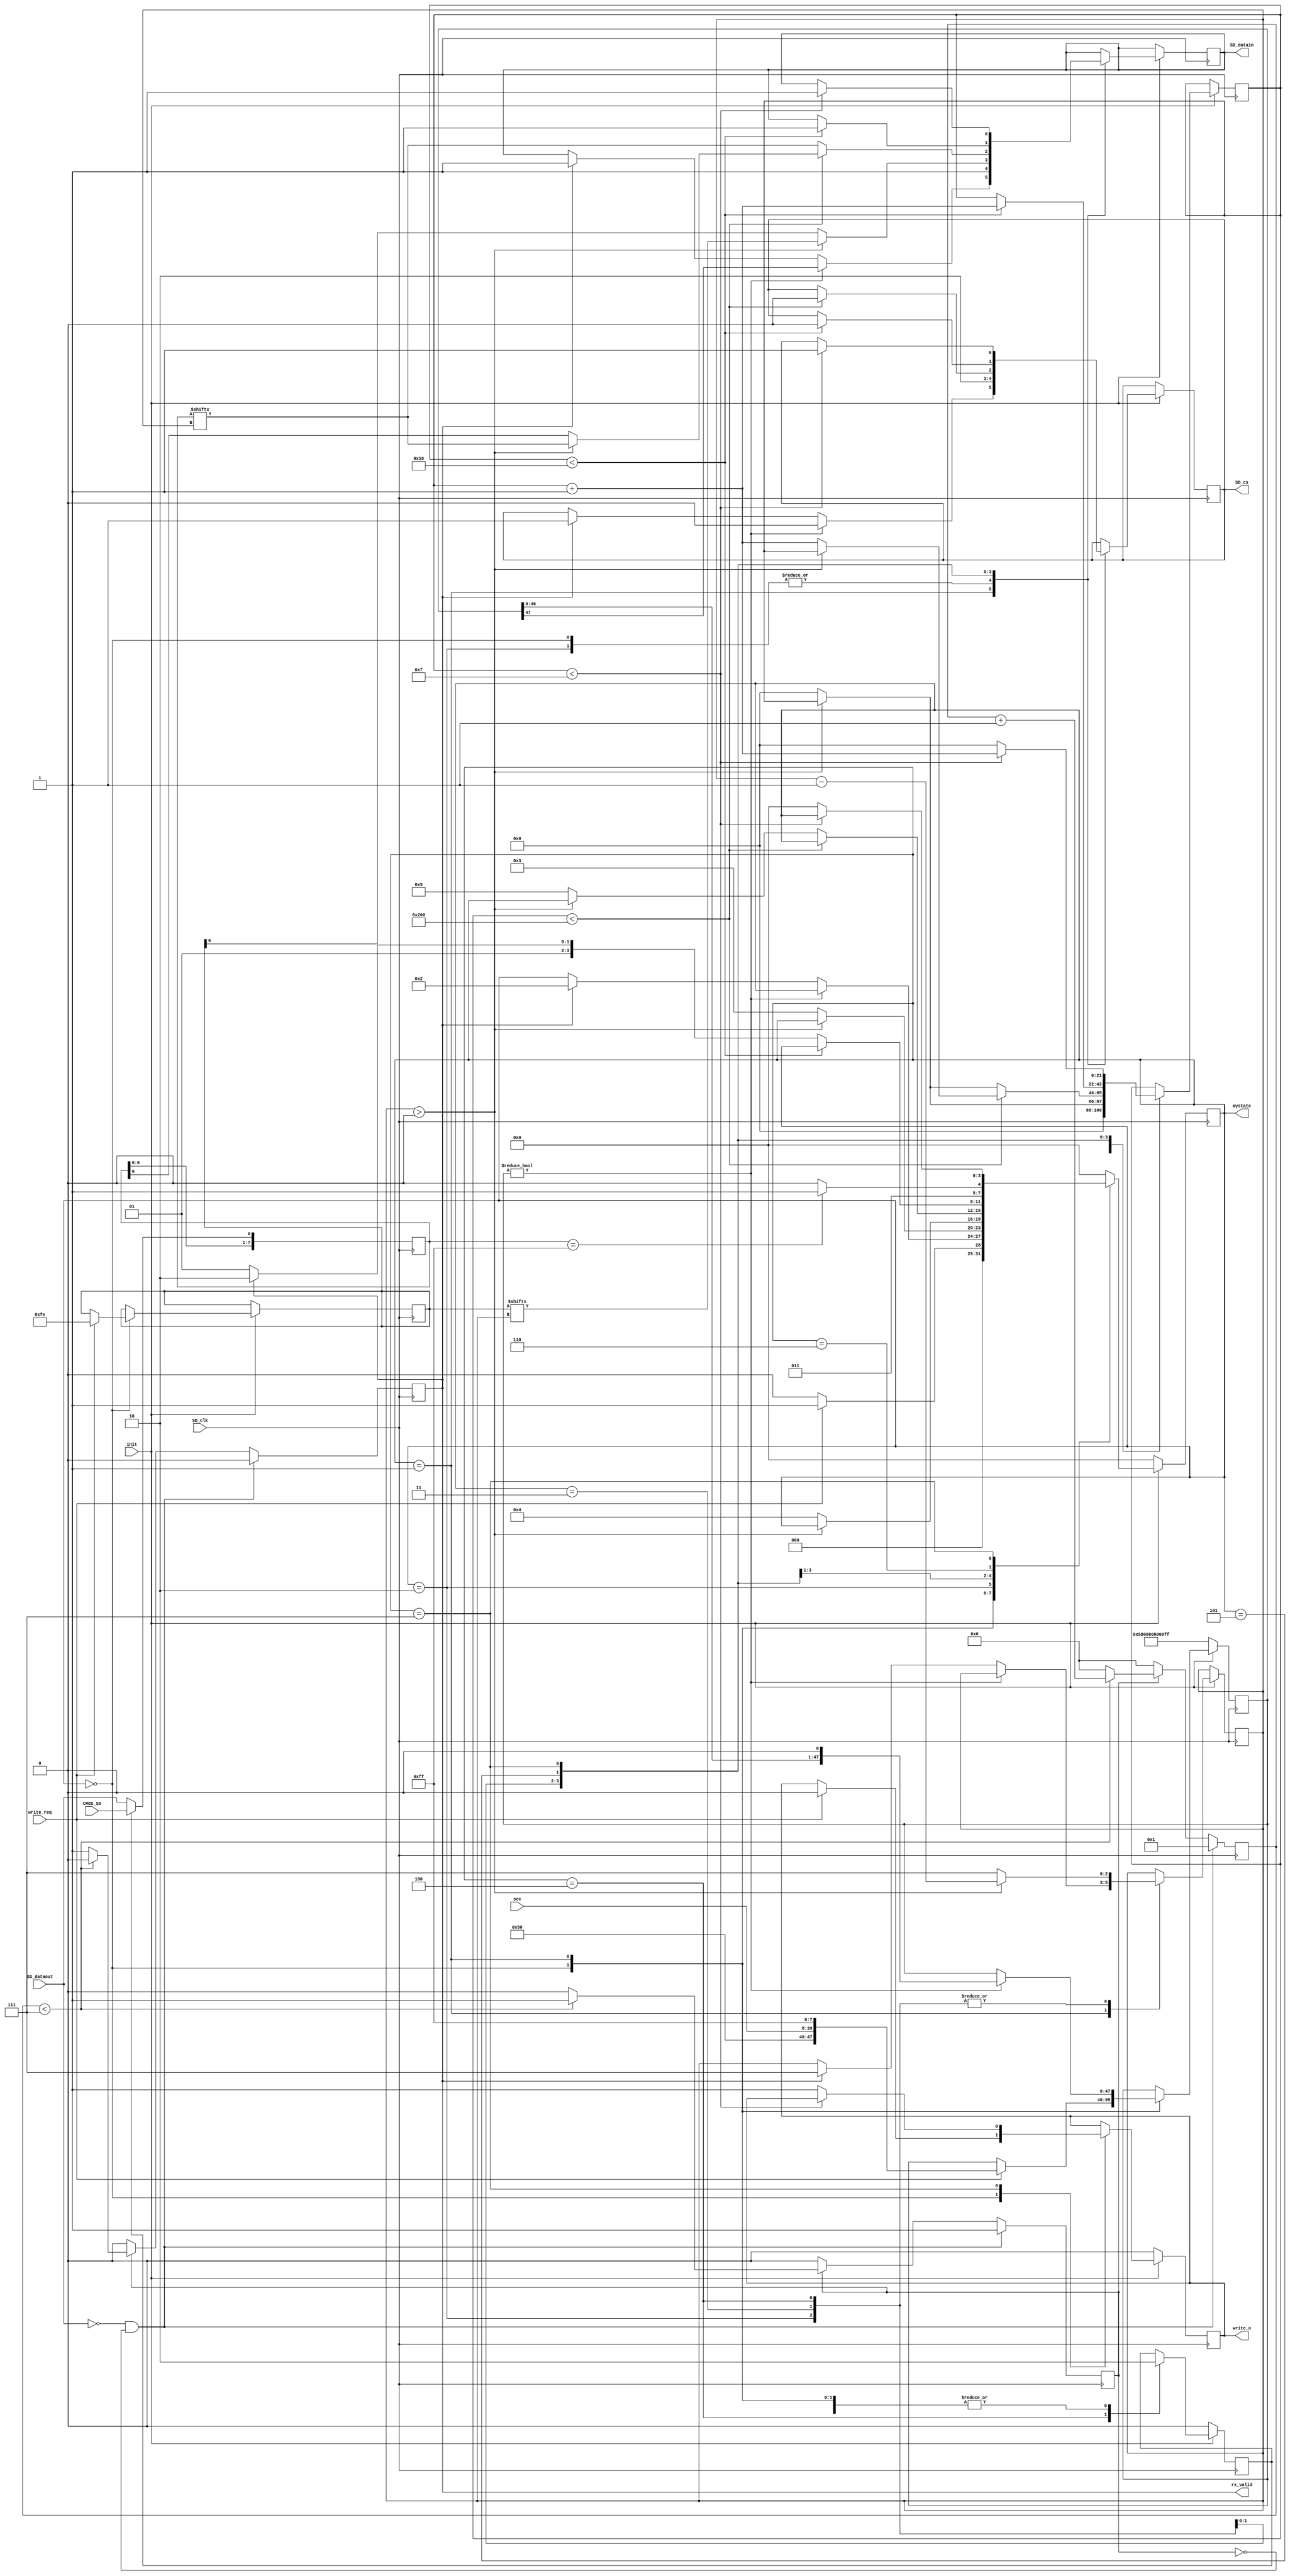


`timescale 1ns / 1ps
//////////////////////////////////////////////////////////////////////////////////
// Module Name:    sd_write 
//////////////////////////////////////////////////////////////////////////////////
module sd_write(  input SD_clk,
						output reg SD_cs,
						output reg SD_datain,
						input  SD_dataout,
						input  CMOS_SD,
						input init,
						
						input [31:0] sec,            //SDsec
						input write_req,
						
						output reg [3:0] mystate,
						
						output reg rx_valid,
						
						output reg write_o
						
						
    );
	 
wire [3:0] mystate_o;

reg [7:0] rx;

reg en;

reg [5:0] aa;	 
reg [21:0] cnt;

reg [7:0] write_data;

reg [47:0] CMD24={8'h58,8'h00,8'h00,8'h00,8'h00,8'hff};//CMD24
reg [7:0] Sblock_token=8'hfe;

reg [7:0] CMDX;
reg [7:0] CMDY=8'hff;
reg [2:0] cnta;
reg flag;

parameter idle=4'd0;
parameter write_cmd=4'd1;
parameter wait_8clk=4'd2;
parameter start_taken=4'd3;
parameter writea=4'd4;
parameter write_crc=4'd5;
parameter write_wait=4'd6;
parameter write_done=4'd7;

	 
always @(posedge SD_clk)
begin
	if(flag)begin
		rx[0]<=CMOS_SD;
		rx[7:1]<=rx[6:0];
	end
	else begin
		rx[0]<=SD_dataout;
		rx[7:1]<=rx[6:0];
	end
end

//SD
always @(posedge SD_clk)
begin
	if(!SD_dataout&&!en)begin rx_valid<=1'b0; aa<=1;en<=1'b1;end      //SD_dataout,SD_dataout,
   else if(en)	begin 
		if(aa<7) begin
			aa<=aa+1'b1; 
			rx_valid<=1'b0;
		end
		else begin
			aa<=0;
			en<=1'b0;
			rx_valid<=1'b1;             //8bit,rx_valid
		end
	end
	else begin en<=1'b0;aa<=0;rx_valid<=1'b0;end
end

//SD
always @(negedge SD_clk)
if(!init)
	begin
		mystate<=idle;
		CMD24<={8'h58,8'h00,8'h00,8'h00,8'h00,8'hff};
		write_o<=1'b0;
		flag<=1'b0;
	end
else
	begin
	case(mystate)
		idle:	begin
				SD_cs<=1'b1;
				SD_datain<=1'b1;
				cnt<=22'd0;	
				flag<=1'b0;	
				
				if(write_req) begin          //			
						mystate<=write_cmd;
						CMD24<={8'h58,sec[31:24],sec[23:16],sec[15:8],sec[7:0],8'hff};
						Sblock_token<=8'hfe;
						write_o<=1'b0;
					end
				else mystate<=idle;
		end
		write_cmd: begin   
				flag<=1'b0;								//CMD24 (single Block write)	
			   if(CMD24!=48'd0) begin
					SD_cs<=1'b0;
					SD_datain<=CMD24[47];
					CMD24<={CMD24[46:0],1'b0};     //						
				end
				else begin 
				   if(rx_valid) begin         //			
						cnta<=7;
						mystate<=wait_8clk;
						SD_cs<=1'b1;
					   SD_datain<=1'b1;					
					end
				end
		end
		wait_8clk: begin   
			 flag<=1'b0;							//8clock
			 if(cnta>0) begin
					 cnta<=cnta-1'b1;
					 SD_cs<=1'b1;
					 SD_datain<=1'b1;
			 end
			 else begin
					 SD_cs<=1'b1;
					 SD_datain<=1'b1;
					 mystate<=start_taken;
					 cnta<=7;
			 end
		end		
		start_taken: begin   
			 flag<=1'b0;							//Start Block Taken
			 if(cnta>0) begin
					 cnta<=cnta-1'b1;
					 SD_cs<=1'b0;
					 SD_datain<=Sblock_token[cnta];
			 end
			 else begin
					 SD_cs<=1'b0;
					 SD_datain<=Sblock_token[0];
					 mystate<=writea;
					 cnta<=7;
					 cnt<=0;
				end
		end
		
		
///////////////////////////////////////////////		
		writea: begin          
				flag<=1'b1;						//512bytes
				if(cnt<512)	begin		
			     if(cnta>0)	begin
				  		SD_cs<=1'b0;
				      SD_datain<=rx[cnta];
						cnta<=cnta-1'b1;
				  end
				  else begin
				  		SD_cs<=1'b0;
						SD_datain<=rx[0];
						cnta<=7;
						cnt<=cnt+1'b1;
				  end
				end
				else begin              //last byte
			     if(cnta>0)	begin
				      SD_datain<=rx[cnta];
						cnta<=cnta-1'b1;
				  end
				  else begin
						SD_datain<=rx[cnta];
						cnta<=7;
						cnt<=0;
					   mystate<=write_crc;						
				  end
				end
		end
//////////////////////////////////////////////////
		
		
		write_crc: begin               
				flag<=1'b0;						//crc:0xff,0xff
				if(cnt<16) begin
					 SD_cs<=1'b0;
					 SD_datain<=1'b1;
					 cnt<=cnt+1'b1;
				 end
				 else begin
				    if(rx_valid)         //Data Response Token
							mystate<=write_wait;
					 else
							mystate<=write_crc;					 
				end
		end
		write_wait: begin               //,
				if(rx==8'hff) begin
					mystate<=write_done;	 
				end
				else begin 
					mystate<=write_wait;
				end
		end
		write_done:begin
			  if(cnt<22'd15) begin      //15clock
					SD_cs<=1'b1;
					SD_datain<=1'b1;
					cnt<=cnt+1'b1;
			  end
			  else begin
					mystate<=idle;
					write_o<=1'b1;	
               cnt<=0;
           end					
		end		
		default:mystate<=idle;
		endcase		
	end					
	

endmodule